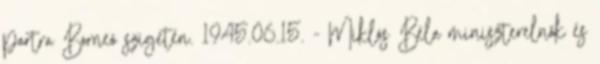
partra Borneó szigetén. 1945.06.15. - Miklós Béla miniszterelnök és